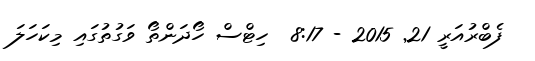
ފެބްރުއަރީ 21